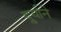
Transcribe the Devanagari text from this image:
दुर्र्याने